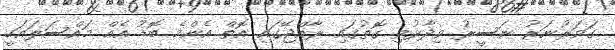
ގަވަރުނަރު ނަސީރު ވިދާޅުވި ގޮތުގައި ރާއްޖޭގައި އޮތް އެންމެ ބޮޑު އެއް މައްސަލައަކީ